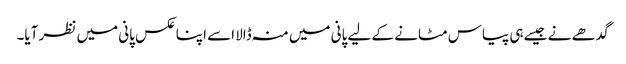
گدھے نے جیسے ہی پیاس مٹانے کے لیے پانی میں منہ ڈالا اسے اپنا عکس پانی میں نظر آیا۔